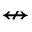
\nleftrightarrow